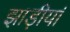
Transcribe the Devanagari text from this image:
झाड़ीयां